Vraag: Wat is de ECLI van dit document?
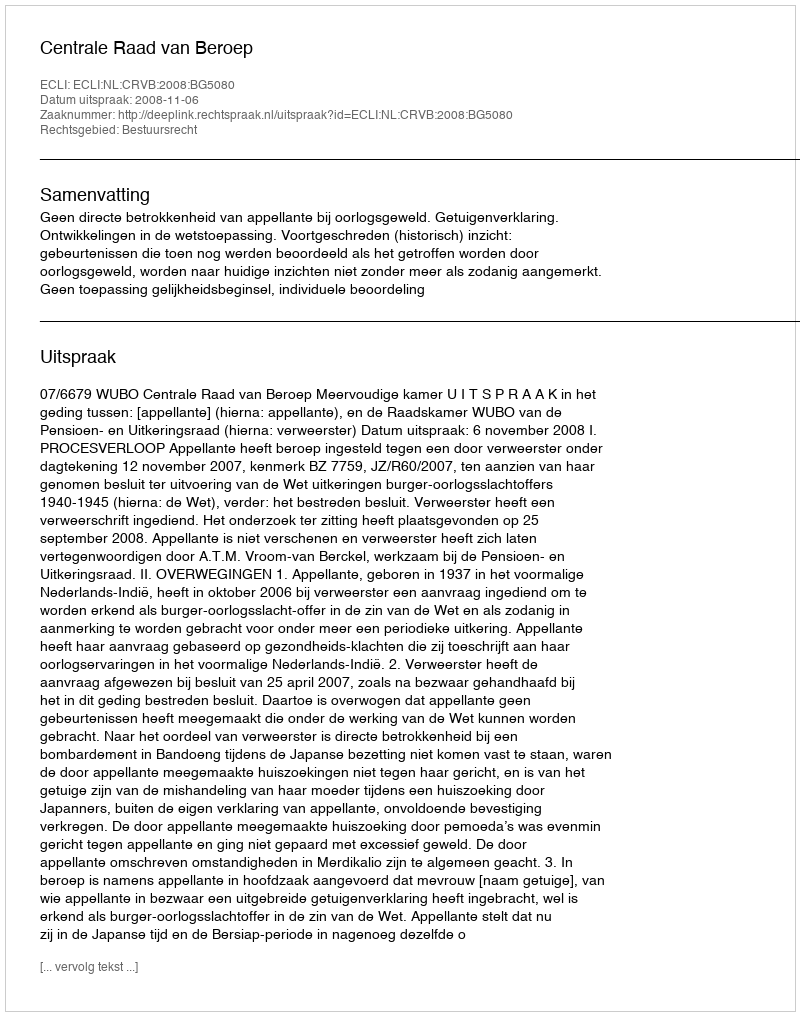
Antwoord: ECLI:NL:CRVB:2008:BG5080